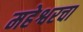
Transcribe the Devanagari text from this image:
महेश्वरचा